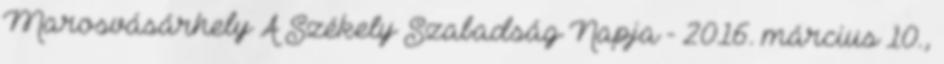
Marosvásárhely A Székely Szabadság Napja - 2016. március 10.,